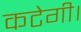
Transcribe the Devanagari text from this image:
कटेगी।